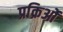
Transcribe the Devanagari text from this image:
प्रक्रिओं